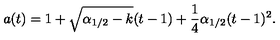
a ( t ) = 1 + \sqrt { \alpha _ { 1 / 2 } - k } ( t - 1 ) + \frac { 1 } { 4 } \alpha _ { 1 / 2 } ( t - 1 ) ^ { 2 } .